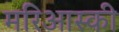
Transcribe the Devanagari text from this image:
मरिआस्की